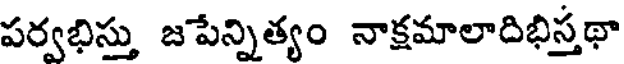
పర్వభిస్తు జపేన్నిత్యం నాక్షమాలాదిభిస్తథా